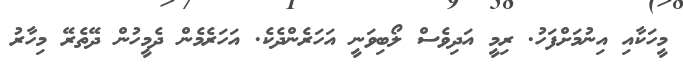
މީހަކާއި އިނުމަށްފަހު. ރިމީ އަދިވެސް ލޯބިވަނީ އަހަރެންދެކެ. އަހަރެމެން ދެމީހުން ދޭތެރޭ މިހާރު